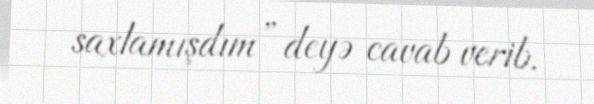
saxlamışdım” deyə cavab verib.